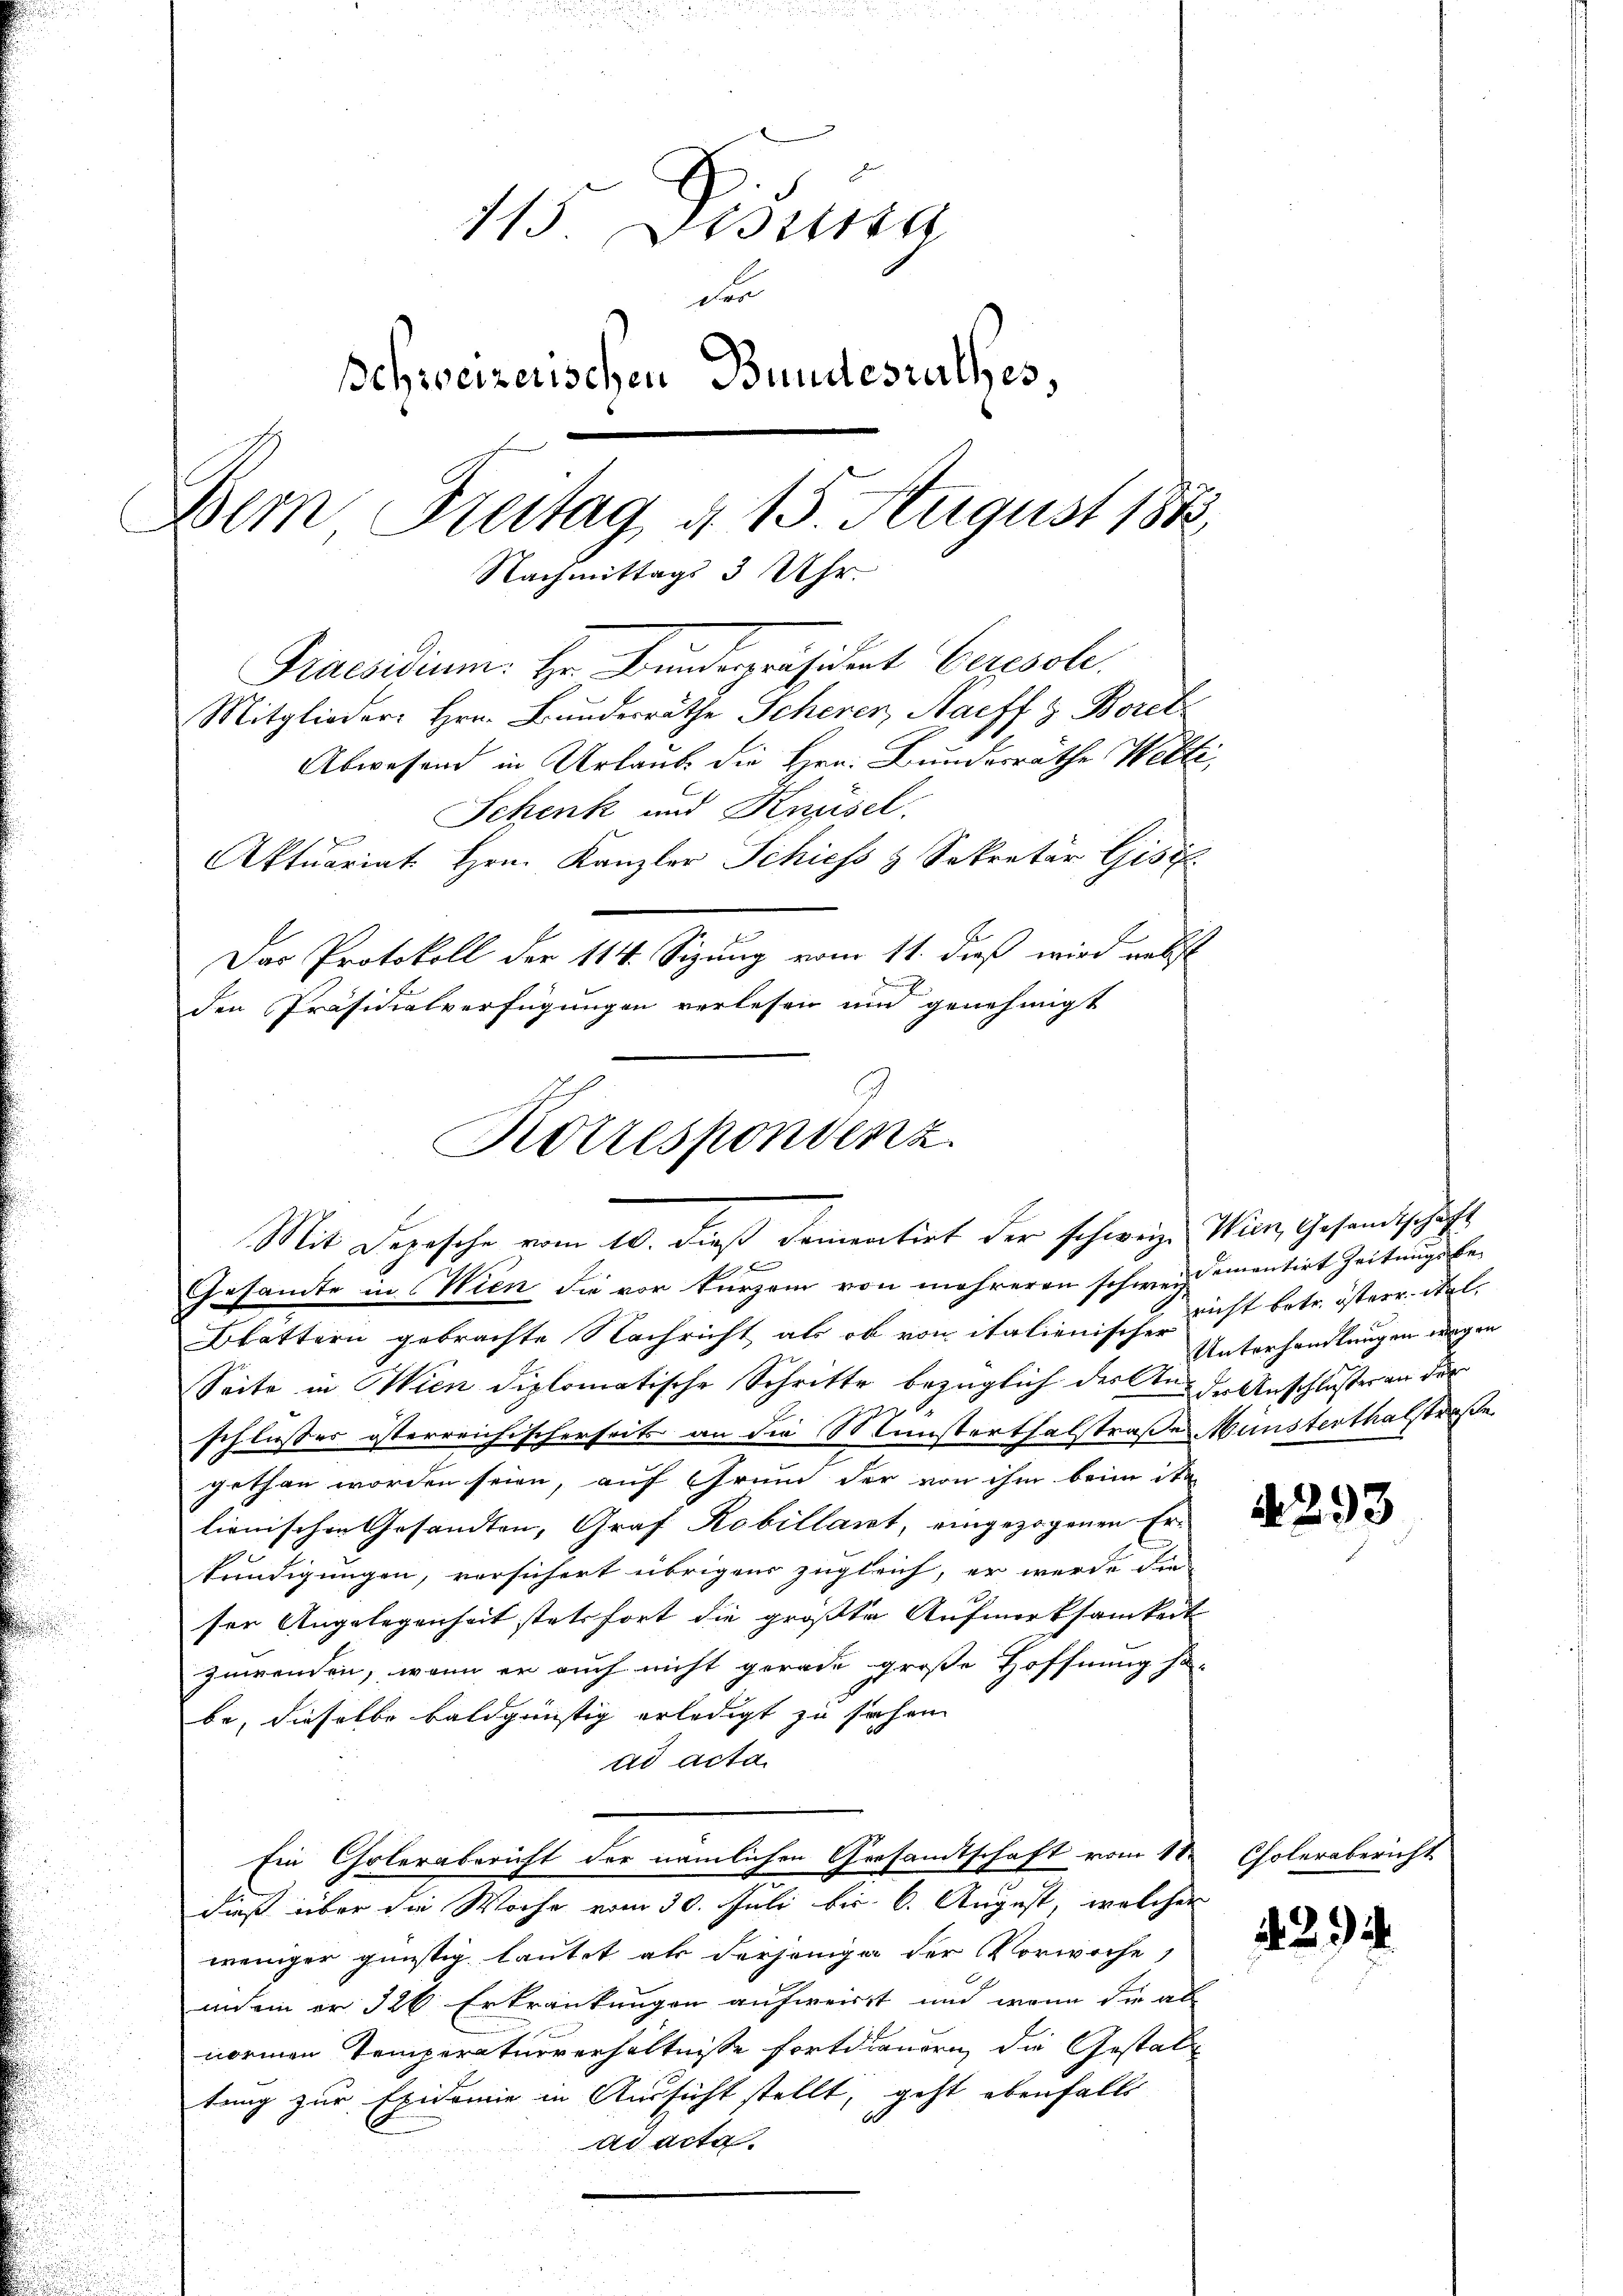
115. Disena
der
schweizerischen Bundestalles,
Bern Breitag d. 15. August 1882
Nachmittags 3 Uhr.
Praesidium. Hr. Bunderpräsident Ceresol
Mitglieder Hrn. Bunderräthe Scherer Narff z. Borel
Abwesend in Urlaube die Hrn. Bundesräthe Welti
Schenk und Knüsel.
Aktuariat Hrn. Kanzler Schiess & Sekretär Gise
Das Protokoll der 114. Sizung vom 11. dieß wird nebst
den Präsidialverfügungen verlesen und genehmigt

Korrespondenz.
Mit Depesche vom 10. dieß dementirt der schweize. Wien, Gesandtschäft
 x
Gesamte in Wien die vor kurzem von mehreren schweiz imentirt Zeitungsbe¬

Blattern gebrachte Nachricht als ob von italienische nicht betr. österr. Stel- |
Seite in Wien diplomatische Schritte bezüglich der Ander Anschlusser an der
schlusser österreichischerseits an die Münsterthalstraße Münsterthalstraße
gethan worden seien, auf Grund der von ihm beim ist
lienischen Gesandten, Graf Robillant, eingezogenen Er-
kundigungen, versichert übrigens zugleich, er wurde die
sen Angelegenheit stetsfort die größte Aufmerksamkeit
zuwenden, wenn er auch nicht gerade große Hoffnung so-
be, dieselbe baldgünstig erledigt zu sachen
ad acta
Ein Cholerabericht der nämlichen Gesandtschaft vom 18.
dieß über die Woche vom 30. Juli bis 6. August, welcher
weniger günstig lautet als derjenige der Vorwoche,
aneiner 326 Erkrankungen aufweisst und wenn die al
normen Temperaturverhältnisse fortdienern, die Gestaltung zur Exidomie in Aussicht stellt, geht ebenfalls
ad acta.

Unterhandlungen wegen

A 293

Cholerabericht

429.